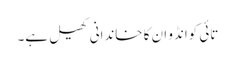
تائی کوانڈو ان کا خاندانی کھیل ہے۔